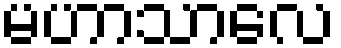
မဟာသာလေ